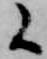
候